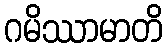
ဂမိဿာမာတိ